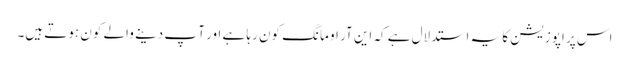
اس پر اپوزیشن کا یہ استدلال ہے کہ این آر او مانگ کون رہا ہے اور آ پ دینے والے کون ہوتے ہیں۔